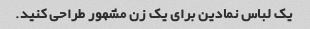
یک لباس نمادین برای یک زن مشهور طراحی کنید.